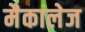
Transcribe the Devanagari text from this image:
मैकालेज